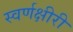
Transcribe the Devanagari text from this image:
स्वर्णक्षीरी